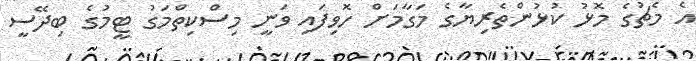
އެ މެޗުގެ މޮޅު ކުޅުންތެރިޔާގެ މަގާމަށް ހޮވިފައި ވަނީ މިސްކިތްމަގު ޓީމުގެ ބިދޭސީ